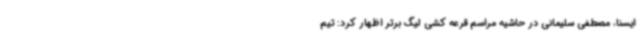
ایسنا، مصطفی سلیمانی در حاشیه مراسم قرعه کشی لیگ برتر اظهار کرد: تیم